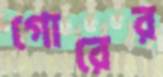
গোরের